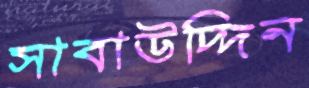
সাবাউদ্দিন